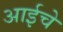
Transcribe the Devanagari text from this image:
अाईचे